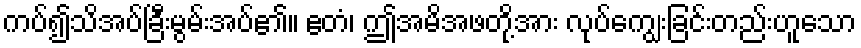
ကပ်၍သိအပ်ခြီးမွမ်းအပ်၏။ ဧတံ၊ ဤအမိအဖတို့အား လုပ်ကျွေးခြင်းတည်းဟူသော